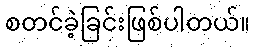
စတင်ခဲ့ခြင်းဖြစ်ပါတယ်။